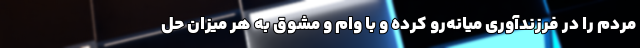
مردم را در فرزند‌آوری میانه‌رو کرده و با وام و مشوق به هر میزان حل